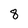
Character: 8